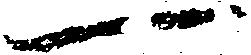
一